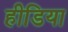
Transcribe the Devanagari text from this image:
हीडिया